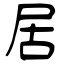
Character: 居